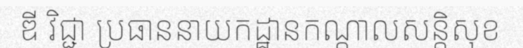
ឌី វិជ្ជា ប្រធាននាយកដ្ឋានកណ្តាលសន្តិសុខ